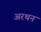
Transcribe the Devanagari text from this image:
अरथन